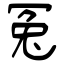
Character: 冤